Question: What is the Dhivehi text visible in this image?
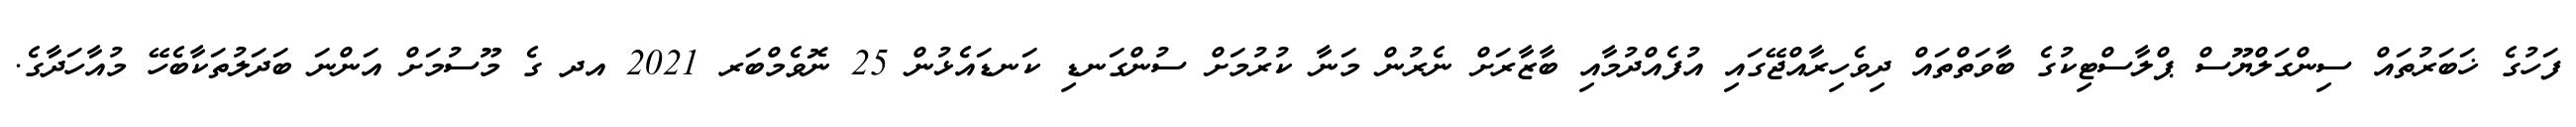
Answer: ފަހުގެ ޚަބަރުތައް ސިންގަލްޔޫސް ޕްލާސްޓިކުގެ ބާވަތްތައް ދިވެހިރާއްޖޭގައި އުފެއްދުމާއި ބާޒާރަށް ނެރުން މަނާ ކުރުމަށް ސުންގަނޑި ކަނޑައެޅުން 25 ނޮވެމްބަރ 2021 އދ ގެ މޫސުމަށް އަންނަ ބަދަލުތަކާބެހޭ މުއާހަދާގެ.